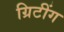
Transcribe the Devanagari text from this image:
ग्रिटींग